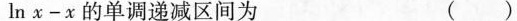
$$ l n χ - x $$的单调递减区间为 ()